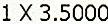
1 X 3.5000